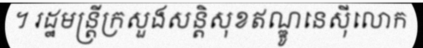
។ រដ្ឋមន្ត្រីក្រសួងសន្តិសុខឥណ្ឌូនេស៊ីលោក